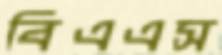
বিএএস